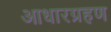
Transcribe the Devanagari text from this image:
आधारग्रहण